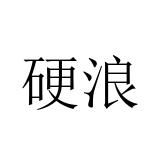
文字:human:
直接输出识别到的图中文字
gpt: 硬浪